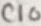
Text: C10